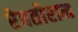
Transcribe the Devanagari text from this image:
रेवतीराम